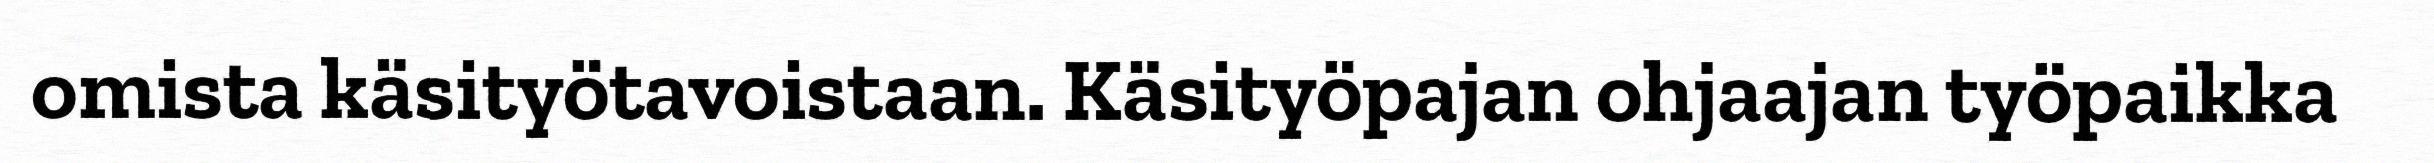
omista käsityötavoistaan. Käsityöpajan ohjaajan työpaikka